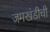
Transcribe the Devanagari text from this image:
जमखंडीची